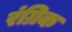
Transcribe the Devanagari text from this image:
रंग्रिक